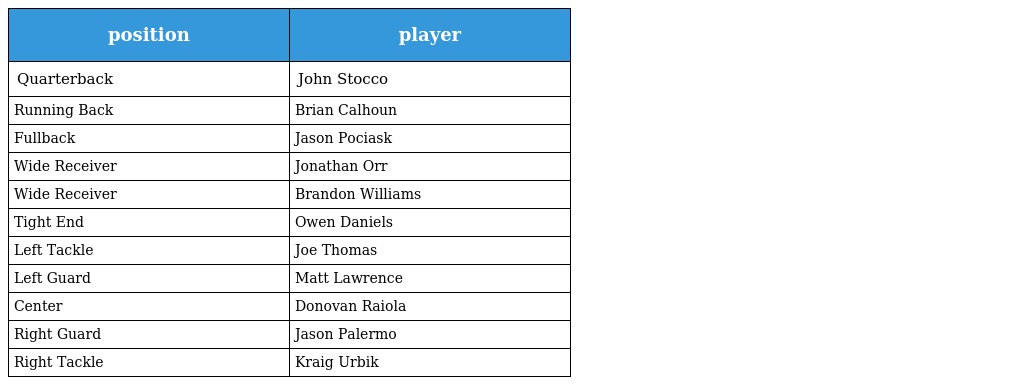
| position | player |
 | --- | --- |
 | Quarterback | John Stocco |
 | Running Back | Brian Calhoun |
 | Fullback | Jason Pociask |
 | Wide Receiver | Jonathan Orr |
 | Wide Receiver | Brandon Williams |
 | Tight End | Owen Daniels |
 | Left Tackle | Joe Thomas |
 | Left Guard | Matt Lawrence |
 | Center | Donovan Raiola |
 | Right Guard | Jason Palermo |
 | Right Tackle | Kraig Urbik |